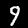
Digit: 9